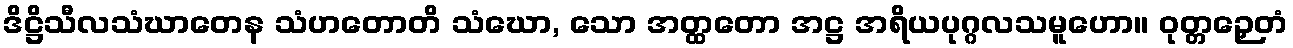
ဒိဋ္ဌိသီလသံဃာတေန သံဟတောတိ သံဃော, သော အတ္ထတော အဋ္ဌ အရိယပုဂ္ဂလသမူဟော။ ဝုတ္တဉှေတံ